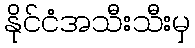
နိုင်ငံအသီးသီးမှ